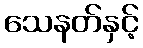
သေနတ်နှင့်